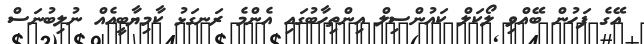
އޭގެ ފަހުން ބޭއްވި ލޯކަލް ކައުންސިލް އިންތިހާބުގައި އެންމެ ރަނގަޅު ކާމިޔާބީއެއް ނުލިބުނަސް